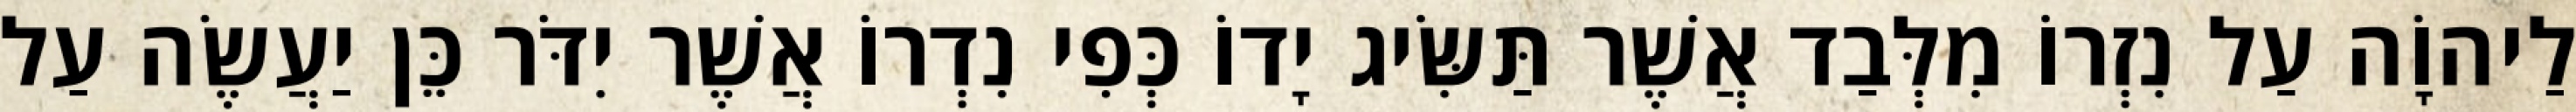
לַיהוָֹה עַל נִזְרוֹ מִלְּבַד אֲשֶׁר תַּשִּׂיג יָדוֹ כְּפִי נִדְרוֹ אֲשֶׁר יִדֹּר כֵּן יַעֲשֶׂה עַל